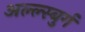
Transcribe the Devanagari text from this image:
अल्ल्स्बुर्ग